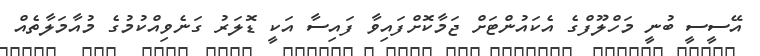
އޭސީސީ ބުނީ މަހްލޫފްގެ އެކައުންޓަށް ޖަމާކޮށްފައިވާ ފައިސާ އަކީ ޑޮލަރު ގަނެވިއްކުމުގެ މުއާމަލާތެއް